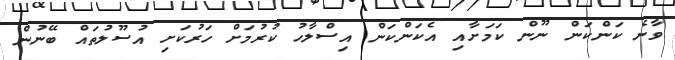
ވާނެ ކަންކަން ނޫން ކަމަށާއި އެކަންކަން އިސްލާހު ކުރުމަށް ހަރުކަށި އުސޫލުތައް ބޭނުން